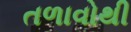
તળાવોથી